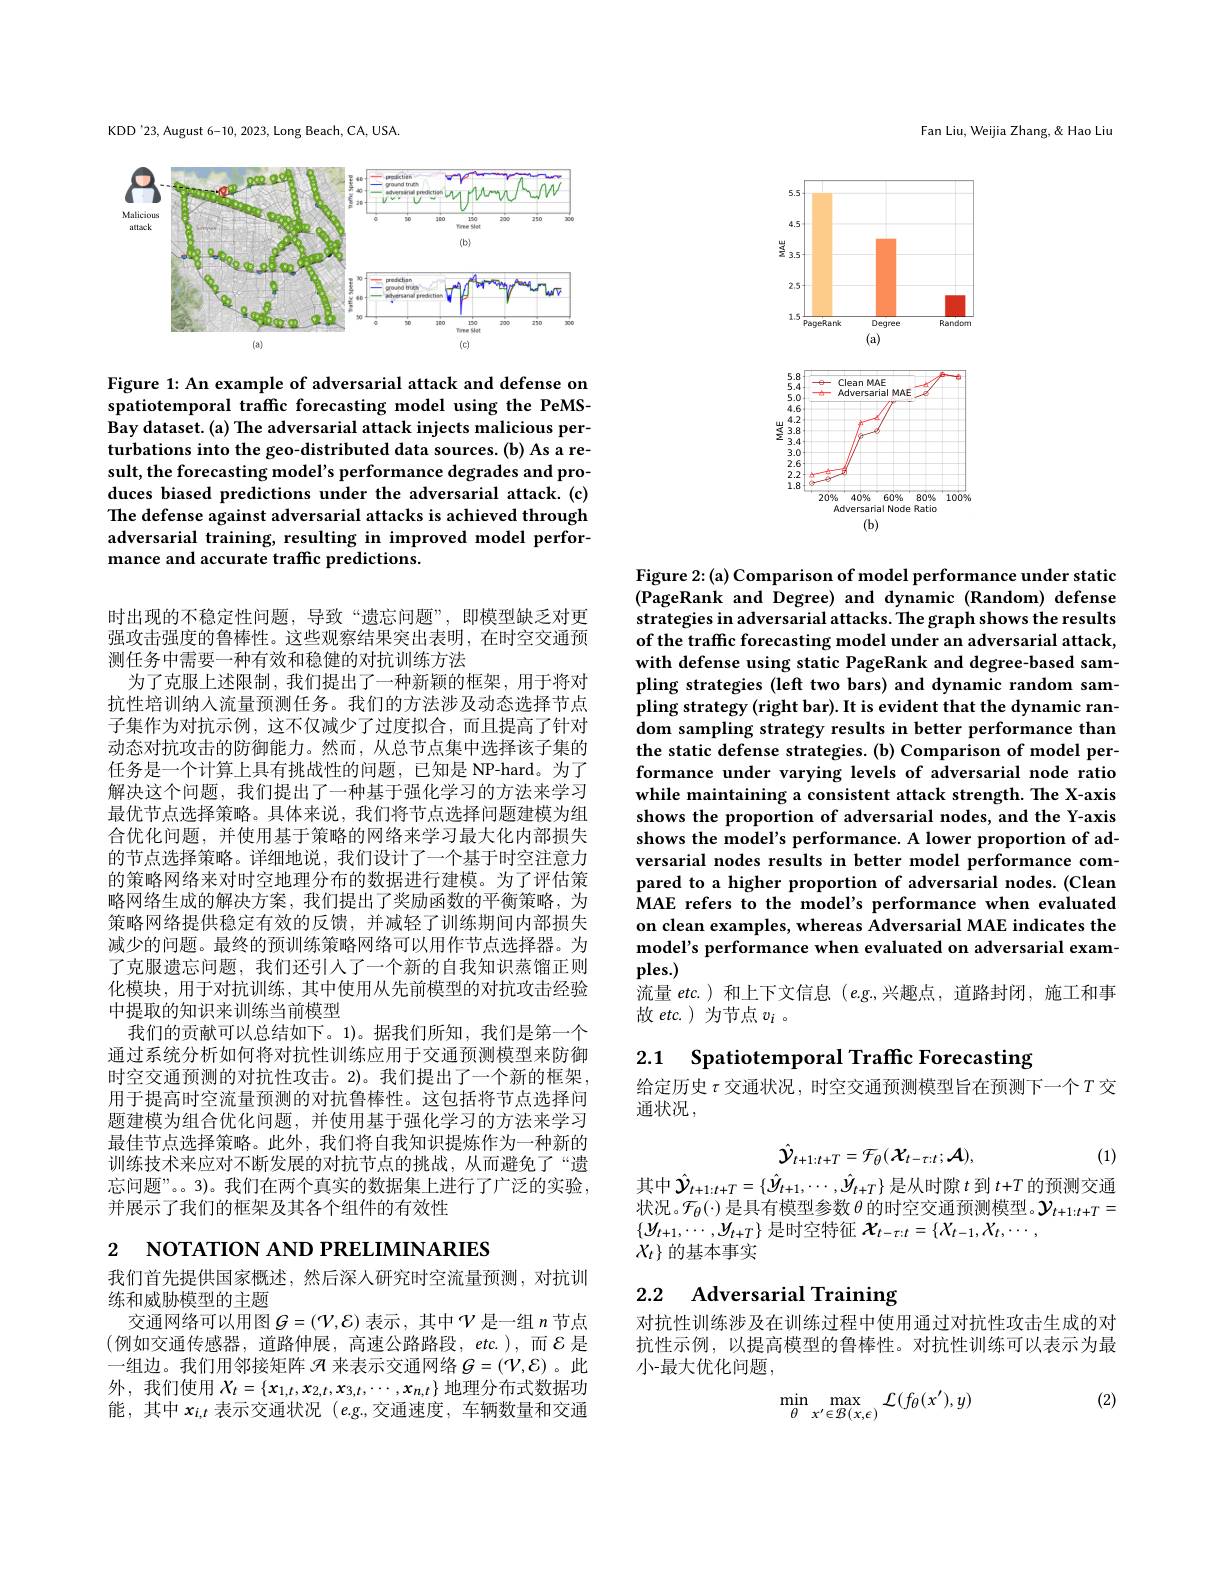
KDD'23, August 6-10, 2023, Long Beach, CA, USA.

<FigureHere>

Figure 1: An example of adversarial attack and defense on spatiotemporal traffic forecasting model using the PeMSBay dataset. (a) The adversarial attack injects malicious perturbations into the geo-distributed data sources.(b) As a result, the forecasting model's performance degrades and produces biased predictions under the adversarial attack.(c) The defense against adversarial attacks is achieved through adversarial training, resulting in improved model performance and accurate traffic predictions.

时出现的不稳定性问题，导致“遗忘问题”,即模型缺乏对更强攻击强度的鲁棒性。这些观察结果突出表明，在时空交通预测任务中需要一种有效和稳健的对抗训练方法
为了克服上述限制，我们提出了一种新颖的框架，用于将对抗性培训纳人流量预测任务。我们的方法涉及动态选择节点子集作为对抗示例，这不仅减少了过度拟合，而且提高了针对动态对抗攻击的防御能力。然而，从总节点集中选择该子集的任务是一个计算上具有挑战性的问题，已知是 NP-hard。为了解决这个问题，我们提出了一种基于强化学习的方法来学习最优节点选择策略。具体来说，我们将节点选择问题建模为组合优化问题，并使用基于策略的网络来学习最大化内部损失的节点选择策略。详细地说，我们设计了一个基于时空注意力的策略网络来对时空地理分布的数据进行建模。为了评估策略网络生成的解决方案，我们提出了奖励函数的平衡策略，为策略网络提供稳定有效的反馈，并减轻了训练期间内部损失减少的问题。最终的预训练策略网络可以用作节点选择器。为了克服遗忘问题，我们还引人了一个新的自我知识蒸馏正则化模块，用于对抗训练，其中使用从先前模型的对抗攻击经验中提取的知识来训练当前模型
我们的贡献可以总结如下。1)。据我们所知，我们是第一个通过系统分析如何将对抗性训练应用于交通预测模型来防御时空交通预测的对抗性攻击。2)。我们提出了一个新的框架， 用于提高时空流量预测的对抗鲁棒性。这包括将节点选择问题建模为组合优化问题，并使用基于强化学习的方法来学习最佳节点选择策略。此外，我们将自我知识提炼作为一种新的训练技术来应对不断发展的对抗节点的挑战，从而避免了“遗忘问题”。。3)。我们在两个真实的数据集上进行了广泛的实验， 并展示了我们的框架及其各个组件的有效性

2 NOTATION AND PRELIMINARIES

我们首先提供国家概述，然后深人研究时空流量预测，对抗训
练和威胁模型的主题
交通网络可以用图$G=(\mathcal{V},\mathcal{E})$表示，其中$\mathcal{V}$是一组$n$节点(例如交通传感器，道路伸展，高速公路路段，etc.),而$\mathcal{E}$是一组边。我们用邻接矩阵$\mathcal{A}$来表示交通网络$G=(\mathcal{V},\mathcal{E})$ 。此外，我们使用$X_t=\{\boldsymbol x_{1,t},\boldsymbol x_{2,t},\boldsymbol{x}_{3,t},\cdots,\boldsymbol{x}_{n,t}\}$地理分布式数据功能，其中$x_{i,t}$表示交通状况$(e.g$,交通速度，车辆数量和交通

Fan Liu, Weijia Zhang, & Hao Liu

<FigureHere>

Figure 2:(a) Comparison of model performance under static (PageRank and Degree) and dynamic (Random) defense strategies in adversarial attacks. The graph shows the results of the traffic forecasting model under an adversarial attack, with defense using static PageRank and degree-based sampling strategies (left two bars) and dynamic random sampling strategy (right bar). It is evident that the dynamic random sampling strategy results in better performance than the static defense strategies. (b) Comparison of model performance under varying levels of adversarial node ratio while maintaining a consistent attack strength. The X-axis shows the proportion of adversarial nodes, and the Y-axis shows the model's performance. A lower proportion of adversarial nodes results in better model performance compared to a higher proportion of adversarial nodes. (Clean MAE refers to the model's performance when evaluated on clean examples, whereas Adversarial MAE indicates the model's performance when evaluated on adversarial examples.)
流量 etc.)和上下文信息 $(e.g.$,兴趣点，道路封闭，施工和事
故 etc. ) 为节点$v_i$ 。

2.1 Spatiotemporal Traffic Forecasting

给定历史$\tau$交通状况，时空交通预测模型旨在预测下一个$T$交
通状况，
$$\hat{y}_{t+1:t+T}=\mathcal{F}_{\theta}(\mathcal{X}_{t-\tau:t};\mathcal{A}),$$
其中$\hat{y}_t+1:t+T=\{\hat{y}_{t+1},\cdots,\hat{y}_{t+T}\}$是从时隙 $t$ 到 $t+T$ 的预测交通

(1)

状况。$\mathcal{F}_\theta(\cdot)$是具有模型参数$\theta$的时空交通预测模型。$\mathcal{Y}_t+1:t+T=$
$\{y_{t+1},\cdots,y_{t+T}\}$是时空特征$\boldsymbol{X}_t-\tau:t=\{X_{t-1},X_{t},\cdots$,
$X_t\}$的基本事实

## 2.2 Adversarial Training

对抗性训练涉及在训练过程中使用通过对抗性攻击生成的对抗性示例，以提高模型的鲁棒性。对抗性训练可以表示为最小-最大优化问题，

(2)
$$\min_{\theta}\max_{x'\in\mathcal{B}(x,\epsilon)}\mathcal{L}(f_{\theta}(x'),y)$$